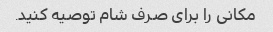
مکانی را برای صرف شام توصیه کنید.